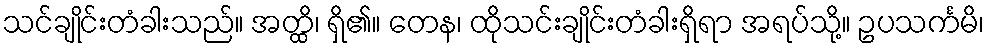
သင်ချိုင်းတံခါးသည်။ အတ္ထိ၊ ရှိ၏။ တေန၊ ထိုသင်းချိုင်းတံခါးရှိရာ အရပ်သို့။ ဥပသင်္ကမိ၊